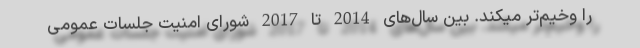
را وخیم‌تر میکند. بین سال‌های 2014 تا 2017 شورای امنیت جلسات عمومی